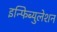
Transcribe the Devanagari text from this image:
इन्फिब्युलेशन